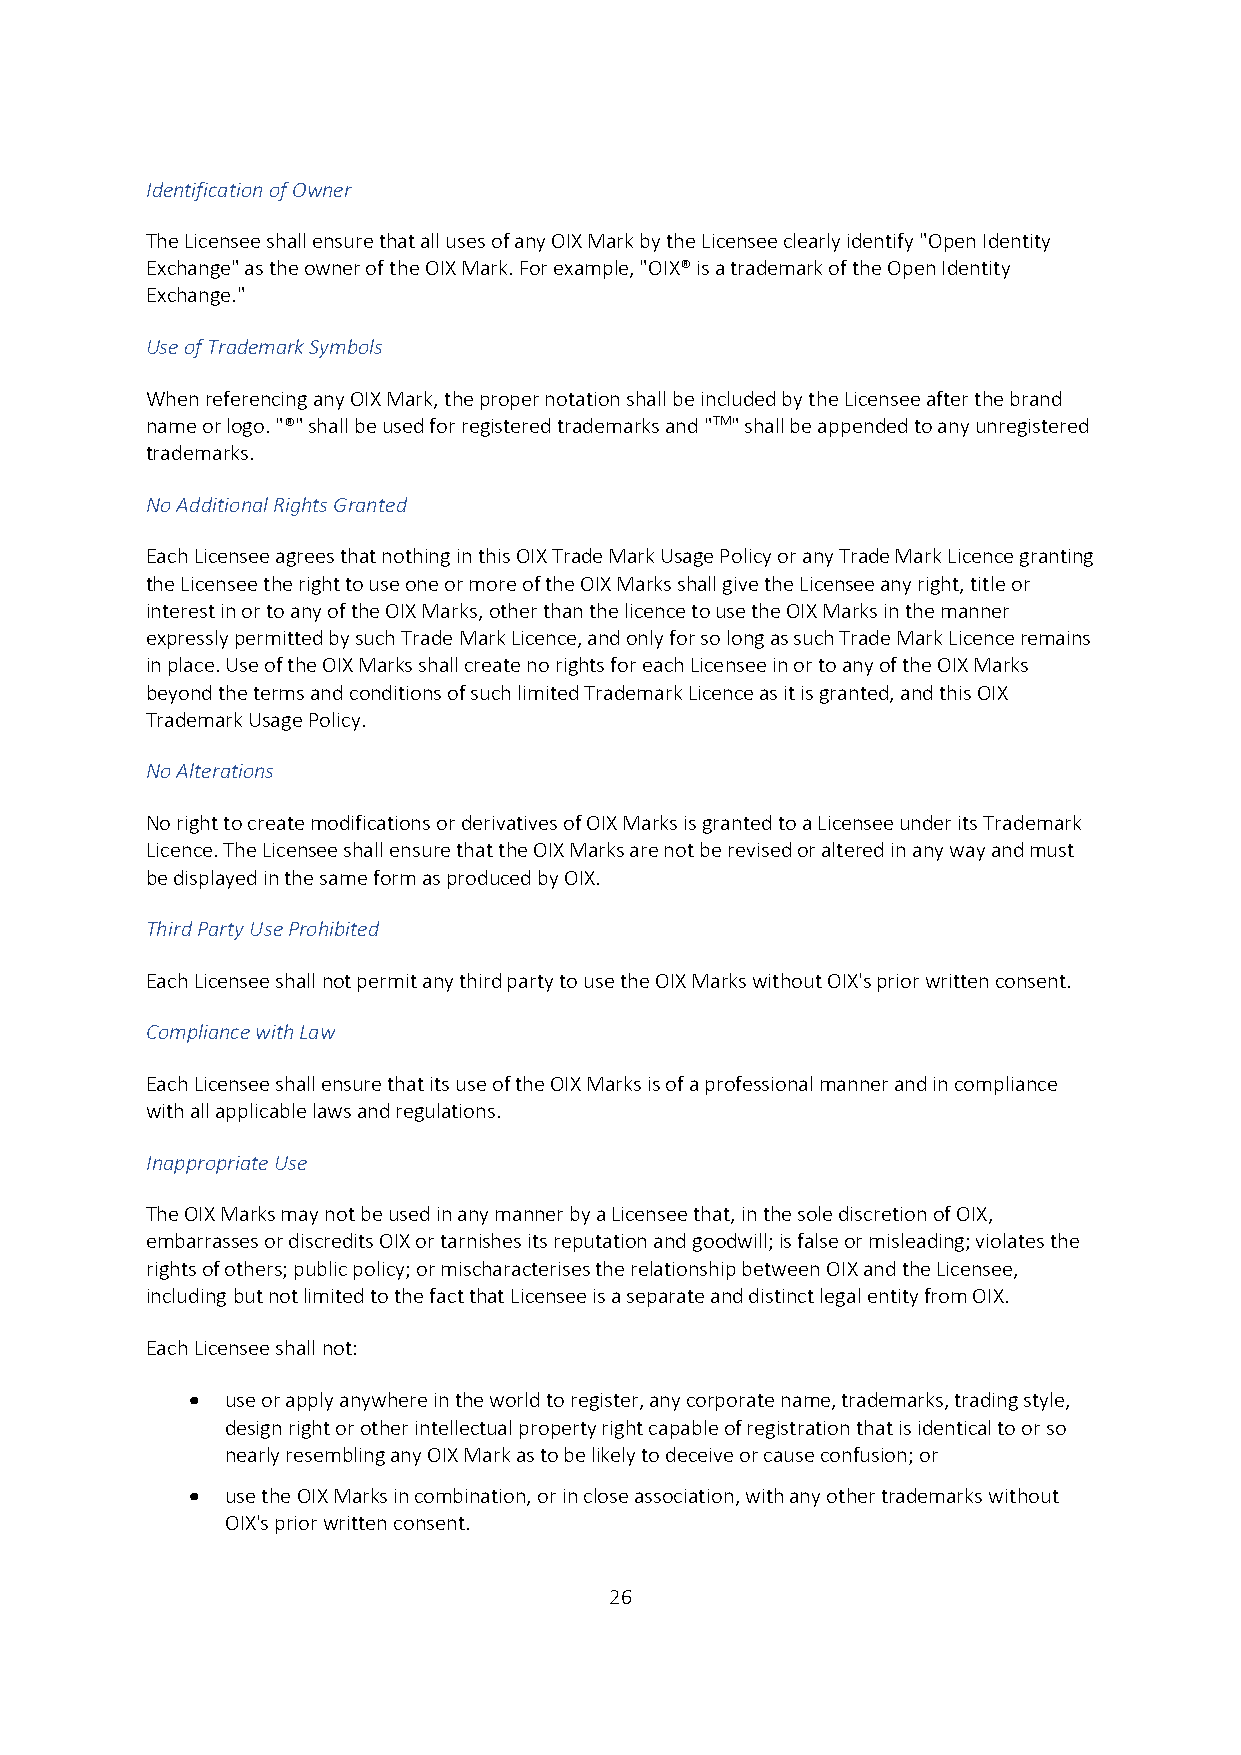
Identification of Owner
 The Licensee shall ensure that all uses of any OIX Mark by the Licensee clearly identify "Open Identity
 Exchange" as the owner of the OIX Mark. For example, "OIX® is a trademark of the Open Identity
 Exchange."
 Use of Trademark Symbols
 When referencing any OIX Mark, the proper notation shall be included by the Licensee after the brand
 name or logo. "®" shall be used for registered trademarks and "TM" shall be appended to any unregistered
 trademarks.
 No Additional Rights Granted
 Each Licensee agrees that nothing in this OIX Trade Mark Usage Policy or any Trade Mark Licence granting
 the Licensee the right to use one or more of the OIX Marks shall give the Licensee any right, title or
 interest in or to any of the OIX Marks, other than the licence to use the OIX Marks in the manner
 expressly permitted by such Trade Mark Licence, and only for so long as such Trade Mark Licence remains
 in place. Use of the OIX Marks shall create no rights for each Licensee in or to any of the OIX Marks
 beyond the terms and conditions of such limited Trademark Licence as it is granted, and this OIX
 Trademark Usage Policy.
 No Alterations
 No right to create modifications or derivatives of OIX Marks is granted to a Licensee under its Trademark
 Licence. The Licensee shall ensure that the OIX Marks are not be revised or altered in any way and must
 be displayed in the same form as produced by OIX.
 Third Party Use Prohibited
 Each Licensee shall not permit any third party to use the OIX Marks without OIX's prior written consent.
 Compliance with Law
 Each Licensee shall ensure that its use of the OIX Marks is of a professional manner and in compliance
 with all applicable laws and regulations.
 Inappropriate Use
 The OIX Marks may not be used in any manner by a Licensee that, in the sole discretion of OIX,
 embarrasses or discredits OIX or tarnishes its reputation and goodwill; is false or misleading; violates the
 rights of others; public policy; or mischaracterises the relationship between OIX and the Licensee,
 including but not limited to the fact that Licensee is a separate and distinct legal entity from OIX.
 Each Licensee shall not:
   use or apply anywhere in the world to register, any corporate name, trademarks, trading style,
 design right or other intellectual property right capable of registration that is identical to or so
 nearly resembling any OIX Mark as to be likely to deceive or cause confusion; or
   use the OIX Marks in combination, or in close association, with any other trademarks without
 OIX's prior written consent.
 26